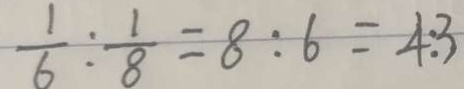
\frac { 1 } { 6 } : \frac { 1 } { 8 } = 8 : 6 = 4 : 3